Vaccine operations Central Provinces & Berar 1922-1929 - 1922-1929
Year: 1922
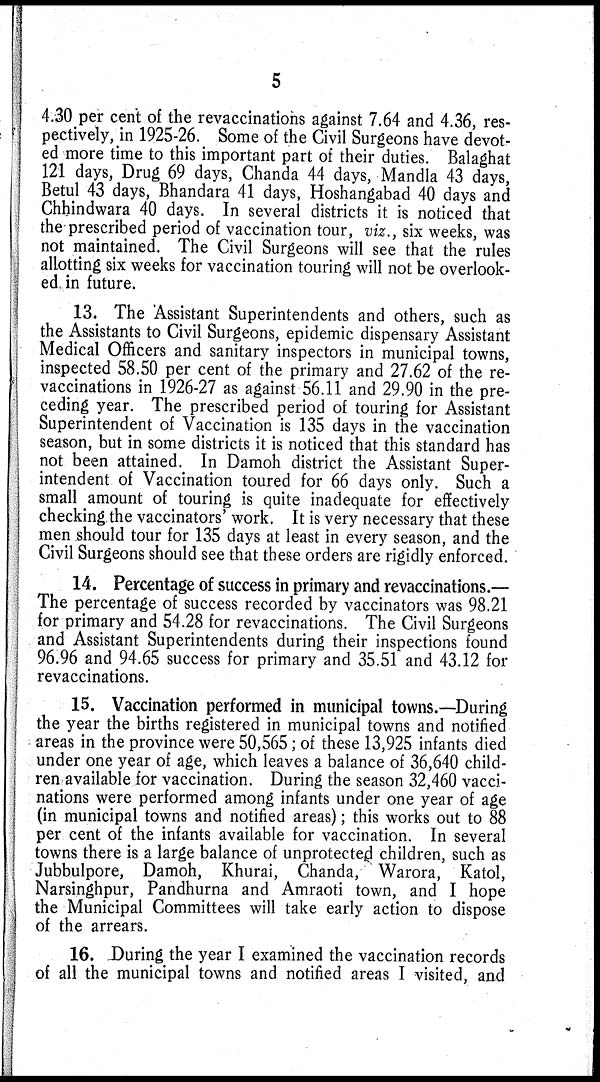
5
4.30 per cent of the revaccinations against 7.64 and 4.36, res-
pectively, in 1925-26. Some of the Civil Surgeons have devot-
ed more time to this important part of their duties. Balaghat
121 days, Drug 69 days, Chanda 44 days, Mandla 43 days,
Betul 43 days, Bhandara 41 days, Hoshangabad 40 days and
Chhindwara 40 days. In several districts it is noticed that
the-prescribed period of vaccination tour, viz., six weeks, was
not maintained. The Civil Surgeons will see that the rules
allotting six weeks for vaccination touring will not be overlook-
ed in future.
13. The Assistant Superintendents and others, such as
the Assistants to Civil Surgeons, epidemic dispensary Assistant
Medical Officers and sanitary inspectors in municipal towns,
inspected 58.50 per cent of the primary and 27.62 of the re-
vaccinations in 1926-27 as against 56.11 and 29.90 in the pre-
ceding year. The prescribed period of touring for Assistant
Superintendent of Vaccination is 135 days in the vaccination
season, but in some districts it is noticed that this standard has
not been attained. In Damoh district the Assistant Super-
intendent of Vaccination toured for 66 days only. Such a
small amount of touring is quite inadequate for effectively
checking the vaccinators' work. It is very necessary that these
men should tour for 135 days at least in every season, and the
Civil Surgeons should see that these orders are rigidly enforced.
14. Percentage of success in primary and revaccinations.—
The percentage of success recorded by vaccinators was 98.21
for primary and 54.28 for revaccinations. The Civil Surgeons
and Assistant Superintendents during their inspections found
96.96 and 94.65 success for primary and 35.51 and 43.12 for
revaccinations.
15. Vaccination performed in municipal towns.—During
the year the births registered in municipal towns and notified
areas in the province were 50,565; of these 13,925 infants died
under one year of age, which leaves a balance of 36,640 child-
ren available for vaccination. During the season 32,460 vacci-
nations were performed among infants under one year of age
(in municipal towns and notified areas); this works out to 88
per cent of the infants available for vaccination. In several
towns there is a large balance of unprotected children, such as
Jubbulpore, Damoh, Khurai, Chanda, Warora, Katol,
Narsinghpur, Pandhurna and Amraoti town, and I hope
the Municipal Committees will take early action to dispose
of the arrears.
16. During the year I examined the vaccination records
of all the municipal towns and notified areas I visited, and